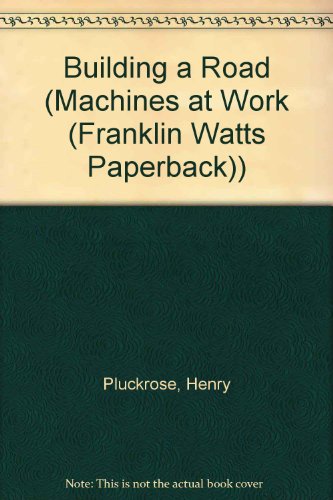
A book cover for Building a Road (Machines at Work (Franklin Watts Paperback)); Henry Pluckrose; Children's Books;